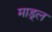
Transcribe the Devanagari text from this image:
माड्ल